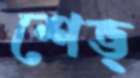
শেভ্